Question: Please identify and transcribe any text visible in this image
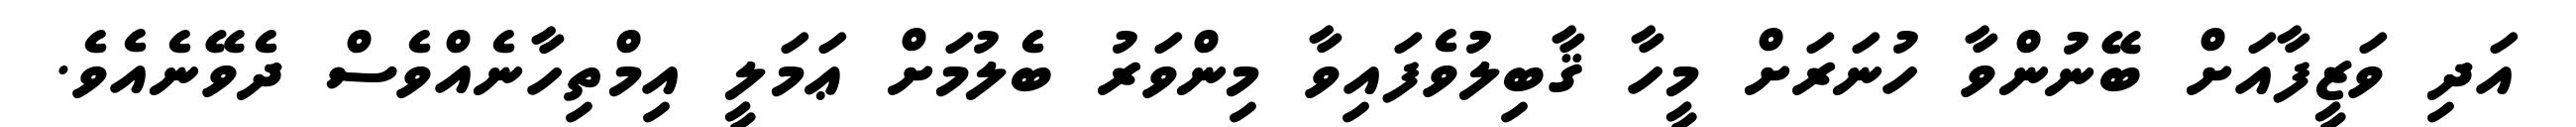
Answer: އަދި ވަޒީފާއަށް ބޭނުންވާ ހުނަރަށް މީހާ ޤާބިލުވެފައިވާ މިންވަރު ބެލުމަށް ޢަމަލީ އިމްތިހާނެއްވެސް ދެވޭނެއެވެ.